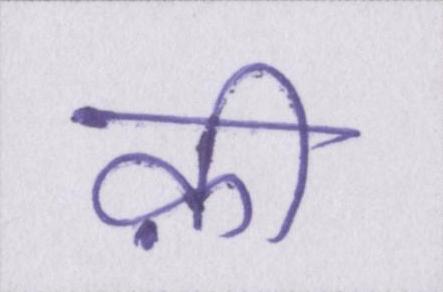
क़ी